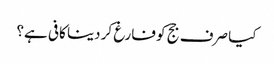
کیا صرف جج کو فارغ کر دینا کافی ہے؟